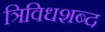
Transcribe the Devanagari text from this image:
त्रिविधशब्द